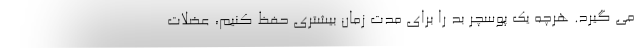
می گیرد. هرچه یک پوسچر بد را برای مدت زمان بیشتری حفظ کنیم، عضلات